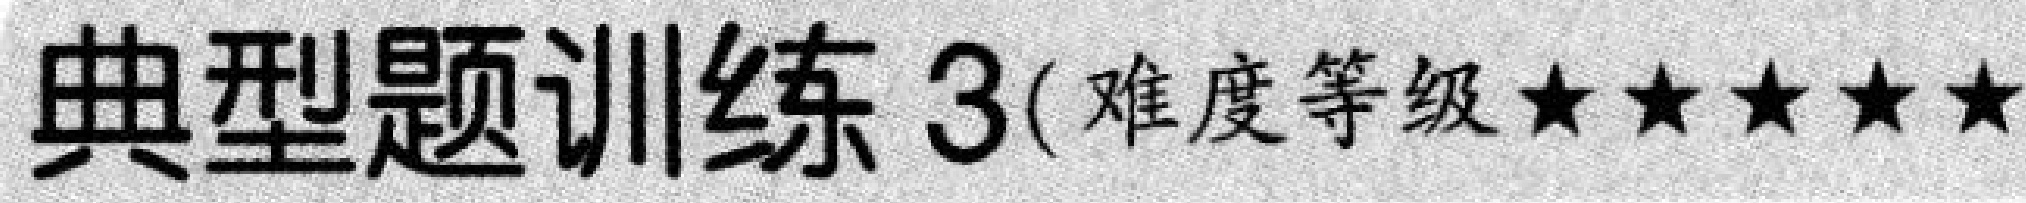
典型题训练 3(难度等级\(\star\star\star\star\star\))